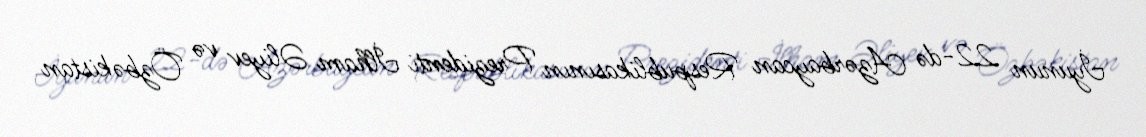
İyunun 22-də Azərbaycan Respublikasının Prezidenti İlham Əliyev və Özbəkistan